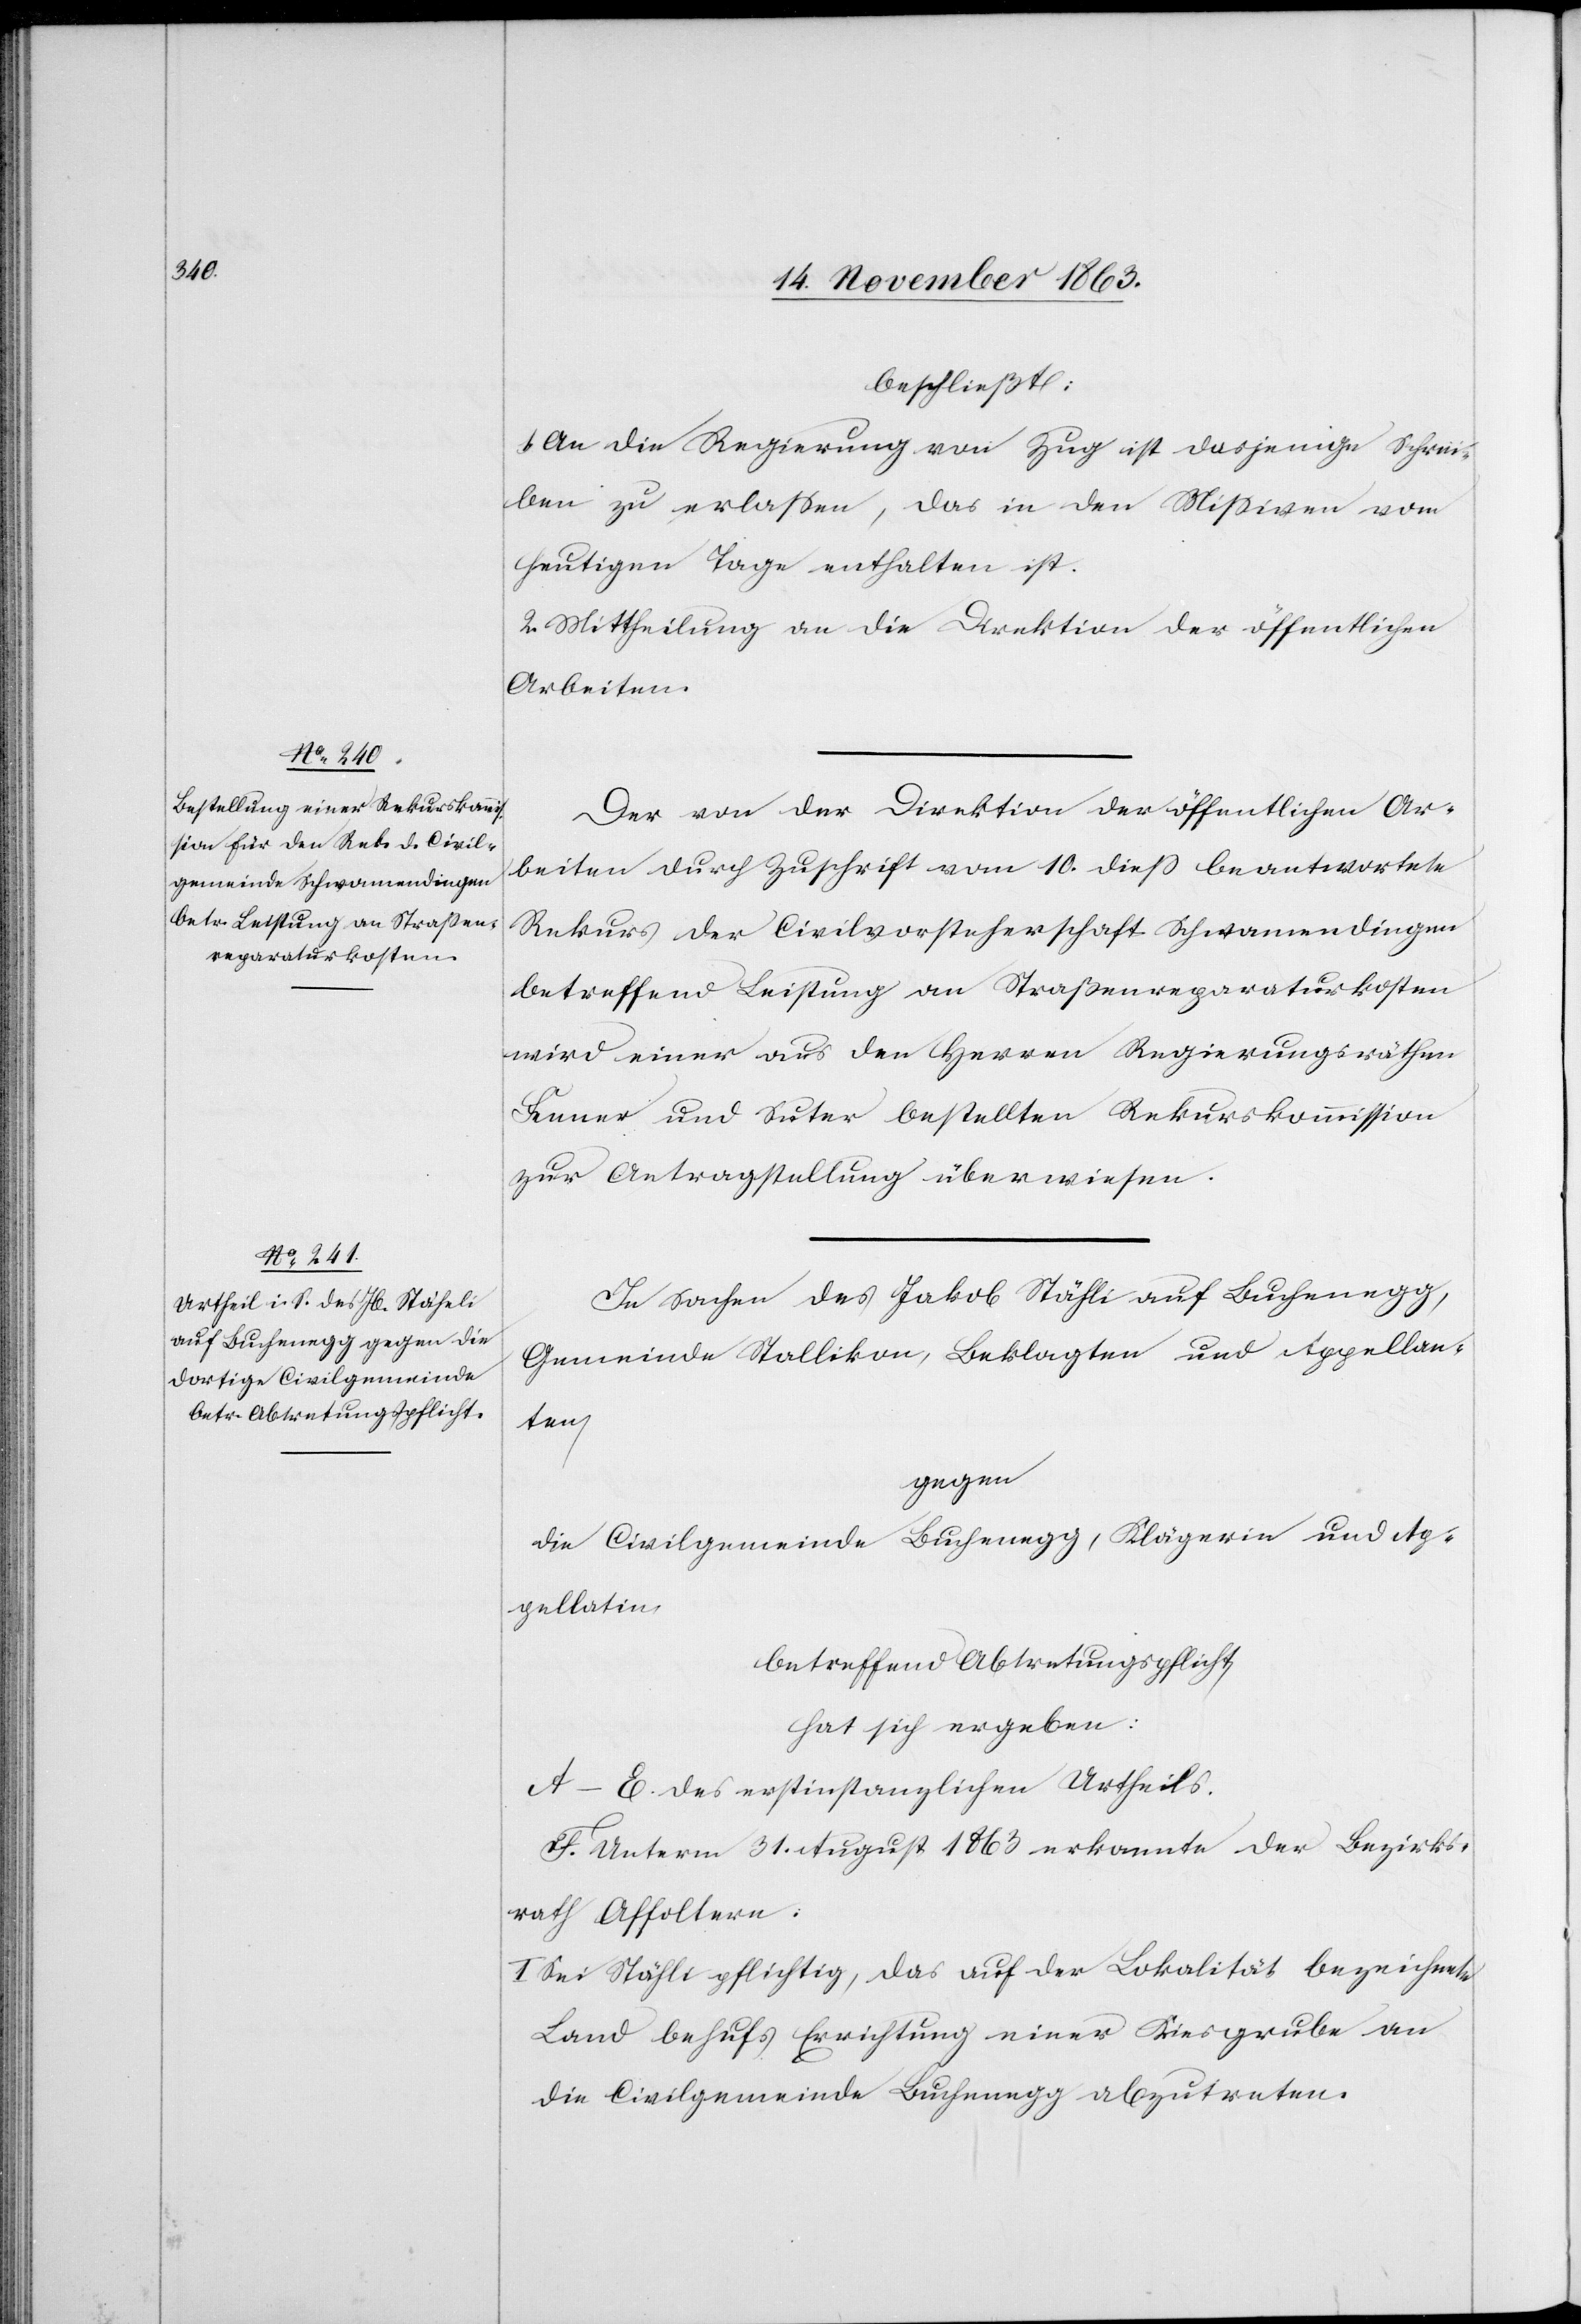
beschließt:
1. An die Regierung von Zug ist dasjenige Schrei¬
ben zu erlassen, das in den Missiven vom
heutigen Tage enthalten ist.
2. Mittheilung an die Direktion der öffentlichen
Arbeiten.
Der von der Direktion der öffentlichen Ar¬
beiten durch Zuschrift vom 10. dieß beantwortete
Rekurs der Civilvorsteherschaft Schwamendingen
betreffend Leistung an Straßenreparaturkosten
wird einer aus den Herren Regierungsräthen
Fenner und Suter bestellten Rekurskommission
zur Antragstellung überwiesen.
In Sachen des Jakob Stähli [sic!] auf Buchenegg,
Gemeinde Stallikon, Beklagten und Appellan¬
ten,
gegen
die Civilgemeinde Buchenegg, Klägerin und Ap¬
pellatin
betreffend Abtretungspflicht
hat sich ergeben:
A–E. des erstinstanzlichen Urtheils.
F. Unterm 31. August 1863 erkannte der Bezirks¬
rath Affoltern:
I. Sei Stähli pflichtig, das auf der Lokalität bezeichnete
Land behufs Errichtung einer Kiesgrube an
die Civilgemeinde Buchenegg abzutreten.